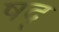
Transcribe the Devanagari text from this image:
षद्